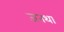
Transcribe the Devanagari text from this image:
जनथा